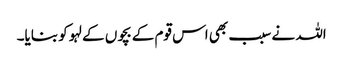
اللہ نے سبب بھی اس قوم کے بچوں کے لہو کو بنایا۔